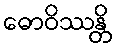
ဓောဝိဿန္တိ